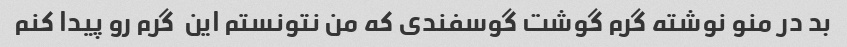
بد در منو نوشته گرم گوشت گوسفندی که من نتونستم این  گرم رو پیدا کنم